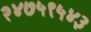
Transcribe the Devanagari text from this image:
२४७५९५४३